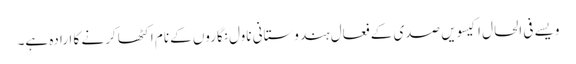
ویسے فی الحال اکیسویں صدی کے فعال ہندوستانی ناول نگاروں کے نام اکٹھا کرنے کا ارادہ ہے۔